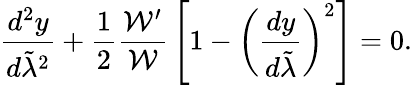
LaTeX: {\frac{d^{2}y}{d\tilde{\lambda}^{2}}}+{\frac{1}{2}}{\frac{{\cal W}^{\prime}}{\cal W}}\left[1-\left({\frac{dy}{d\tilde{\lambda}}}\right)^{2}\right]=0.